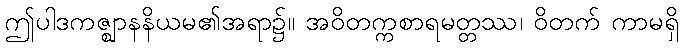
ဤပါဒကဇ္ဈာနနိယမ၏အရာ၌။ အဝိတက္ကစာရမတ္တဿ၊ ဝိတက် ကာမရှိ